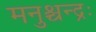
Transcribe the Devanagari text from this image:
मनुश्चन्द्रः